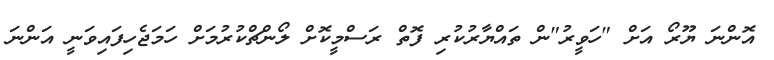
އޮންނަ ޔޫރޯ އަށް "ހަވީރު"ން ތައްޔާރުކުރި ފޮތް ރަސްމީކޮށް ލޯންޗްކުރުމަށް ހަމަޖެހިފައިވަނީ އަންނަ